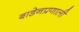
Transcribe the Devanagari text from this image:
बाडेनप्रणाली